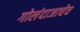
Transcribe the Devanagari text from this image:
गोलंदाजाचेच